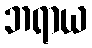
ဘရာယ